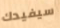
سيفيدك